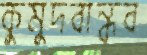
কুমুদবান্ধব